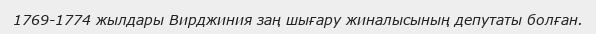
1769-1774 жылдары Вирджиния заң шығару жиналысының депутаты болған.